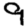
Digit: 9